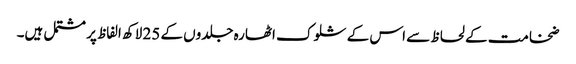
ضخامت کے لحاظ سے اس کے شلوک اٹھارہ جلدوں کے 25 لاکھ الفاظ پر مشتمل ہیں۔